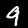
Digit: 9